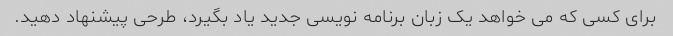
برای کسی که می خواهد یک زبان برنامه نویسی جدید یاد بگیرد، طرحی پیشنهاد دهید.